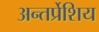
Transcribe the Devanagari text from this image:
अन्तर्प्रेशिय